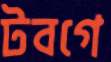
টবগে